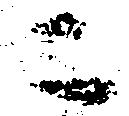
ニ